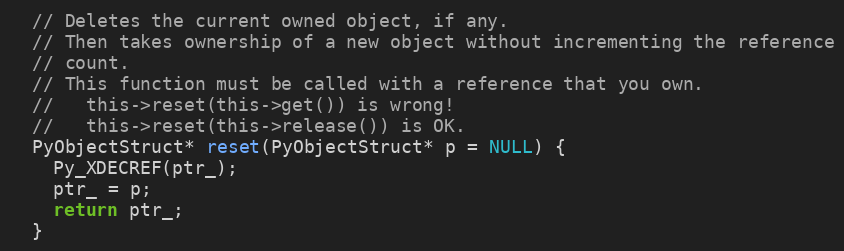
Language: C
  // Deletes the current owned object, if any.
  // Then takes ownership of a new object without incrementing the reference
  // count.
  // This function must be called with a reference that you own.
  //   this->reset(this->get()) is wrong!
  //   this->reset(this->release()) is OK.
  PyObjectStruct* reset(PyObjectStruct* p = NULL) {
    Py_XDECREF(ptr_);
    ptr_ = p;
    return ptr_;
  }